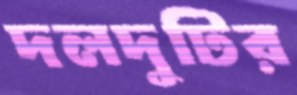
দলদুটির